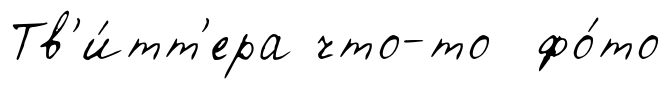
Тв'и́тт'ера что-то фо́то